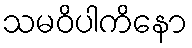
သမဝိပါကိနော